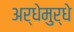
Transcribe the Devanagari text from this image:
अर्धेमुर्धे